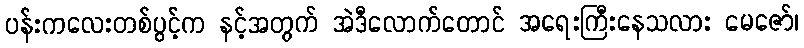
ပန်းကလေးတစ်ပွင့်က နင့်အတွက် အဲဒီလောက်တောင် အရေးကြီးနေသလား မေဇော်၊